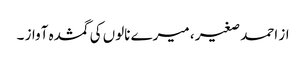
از احمد صغیر ، میرے نالوں کی گمشدہ آواز ۔